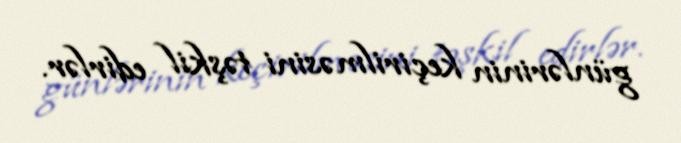
günlərinin keçirilməsini təşkil edirlər.